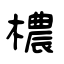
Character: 檂